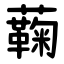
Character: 蘜